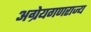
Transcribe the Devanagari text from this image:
अग्रेयगणराज्य